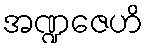
အဏ္ဍဇေဟိ